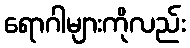
ရောဂါများကိုလည်း